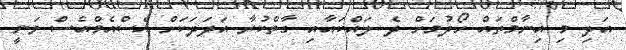
އަދި މި އިނާމްތައް ހޯދުމަށް ދެ ލައްކައާއި ގާތްކުރާ އަދަދަކަށް އެސްއެމްއެސް ވަނީ